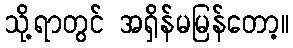
သို့ရာတွင် အရှိန်မမြန်တော့။